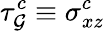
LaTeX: \tau_{\mathcal{G}}^{c}\equiv\sigma_{xz}^{c}